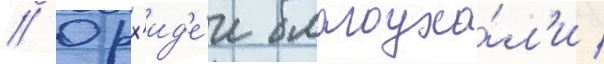
// Орх'ид'е́и благоуха́л'и /